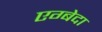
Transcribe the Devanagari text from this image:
एग्बेदा